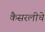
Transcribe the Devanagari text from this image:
कैसरलीचे